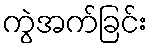
ကွဲအက်ခြင်း